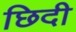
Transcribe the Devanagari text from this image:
छिदी